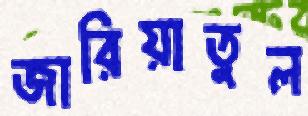
জারিয়াতুল